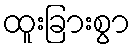
ထူးခြားစွာ